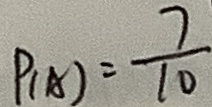
P ( A ) = \frac { 7 } { 1 0 }